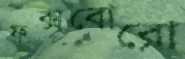
ফক্সবোরো